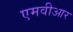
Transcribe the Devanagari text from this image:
एमवीआर